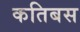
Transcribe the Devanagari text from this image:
कतिबस